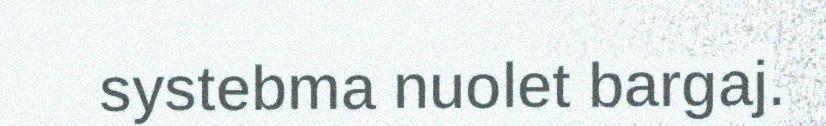
systebma nuolet bargaj.